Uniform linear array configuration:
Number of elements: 32
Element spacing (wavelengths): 0.75
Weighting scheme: blackman
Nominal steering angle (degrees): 45
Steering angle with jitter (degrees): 43.501
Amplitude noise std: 0.05
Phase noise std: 0.05

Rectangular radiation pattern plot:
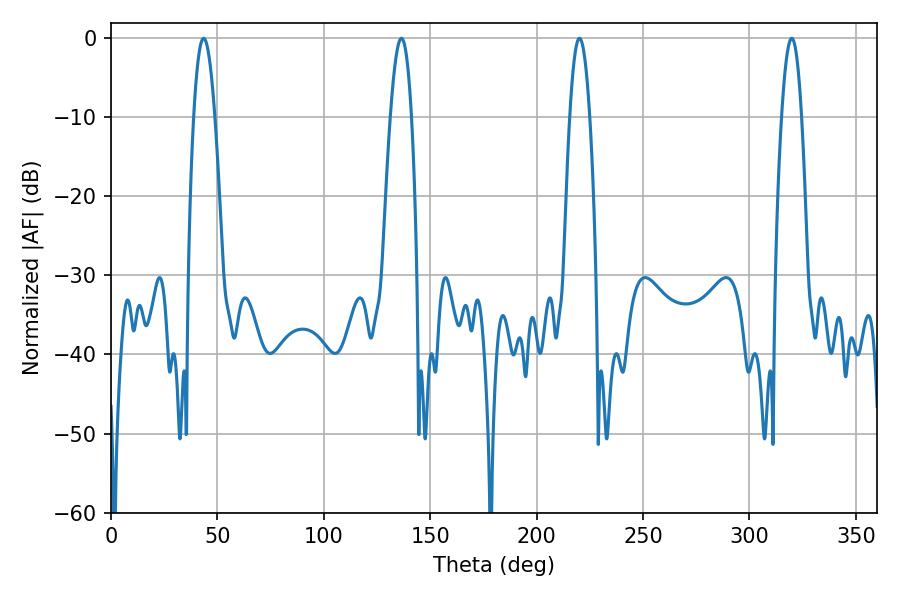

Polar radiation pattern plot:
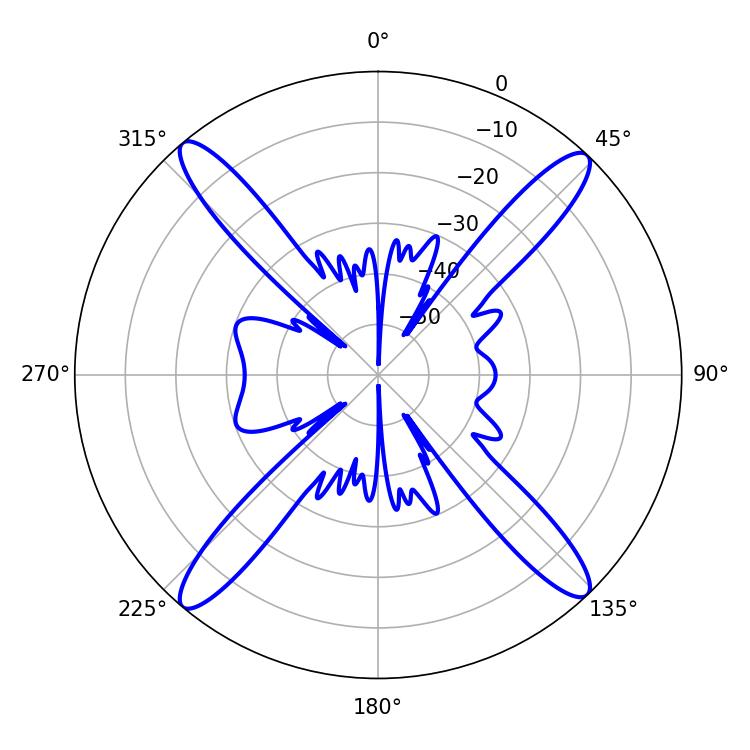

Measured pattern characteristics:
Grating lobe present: TRUE
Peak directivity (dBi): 20.894
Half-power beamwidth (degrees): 5.04
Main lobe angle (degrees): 220.14